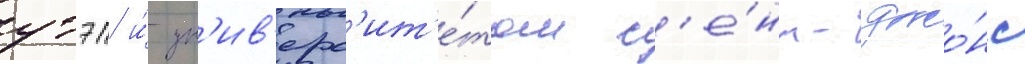
утэп и́ ун'ив'ерс'ит'е́том с'е́нт-джо́нс